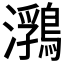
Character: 𪃽